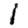
Digit: 1